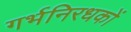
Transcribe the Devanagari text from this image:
गर्भनिरधकों